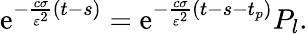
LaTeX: \mathrm{e}^{-\frac{c\sigma}{\varepsilon^{2}}(t-s)}=\mathrm{e}^{-\frac{c\sigma}{\varepsilon^{2}}(t-s-t_{p})}P_{l}.